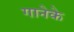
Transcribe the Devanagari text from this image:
गानेके